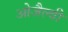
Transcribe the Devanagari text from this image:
ओजैल्वी